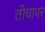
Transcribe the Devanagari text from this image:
तीचावर